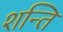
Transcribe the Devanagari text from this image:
शन्ति